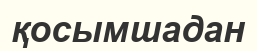
қосымшадан